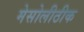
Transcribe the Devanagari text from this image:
मेसोलीठीक